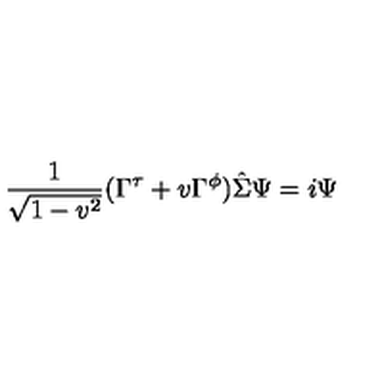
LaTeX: { \frac { 1 } { \sqrt { 1 - v ^ { 2 } } } } ( \Gamma ^ { \tau } + v \Gamma ^ { \phi } ) \hat { \Sigma } \Psi = i \Psi